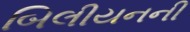
બિલીયનની